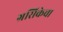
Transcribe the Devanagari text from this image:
ग्रसिकेचा